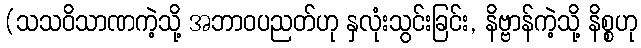
(သသဝိသာဏကဲ့သို့ အဘာဝပညတ်ဟု နှလုံးသွင်းခြင်း, နိဗ္ဗာန်ကဲ့သို့ နိစ္စဟု